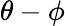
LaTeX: \theta-\phi